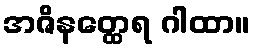
အဇိနတ္ထေရ ဂါထာ။